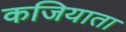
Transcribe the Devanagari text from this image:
कजियाता